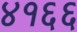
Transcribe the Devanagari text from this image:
४१६६